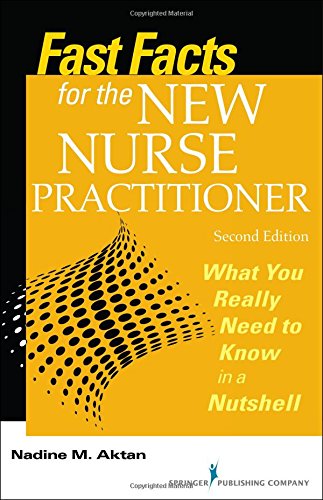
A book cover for Fast Facts for the New Nurse Practitioner, Second Edition: What You Really Need to Know in a Nutshell; Dr. Nadine M. Aktan PhD  RN  FNP-BC; Medical Books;